Indian journal of veterinary science and animal husbandry - Volume 4,
Year: 1934
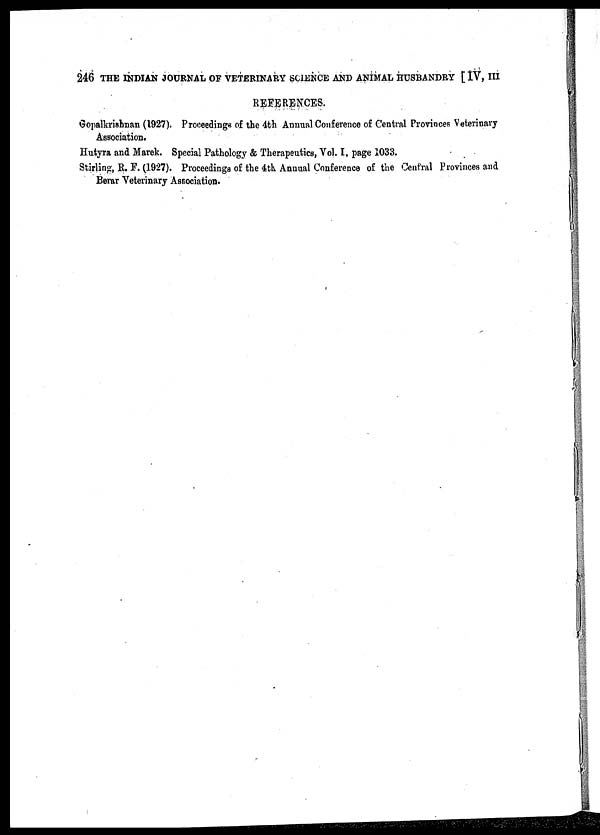
246 THE INDIAN JOURNAL OF VETERINARY SCIENCE AND ANIMAL HUSBANDRY [ IV, III
REEERENCES.
Gopalkrishnan (1927). Proceedings of the 4th Annual Conference of Central Provinces Veterinary
Association.
Hutyra and Marek. Special Pathology & Therapeutics, Vol. I, page 1033.
Stirling, R. F. (1927). Proceedings of the 4th Annual Conference of the Central Provinces and
Berar Veterinary Association.